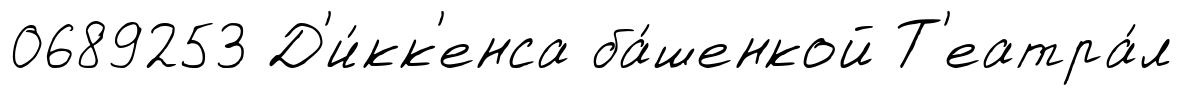
0689253 Д'и́кк'енса ба́шенкой Т'еатра́л